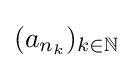
{\textstyle (a_{n_{k}})_{k\in \mathbb {N} }}